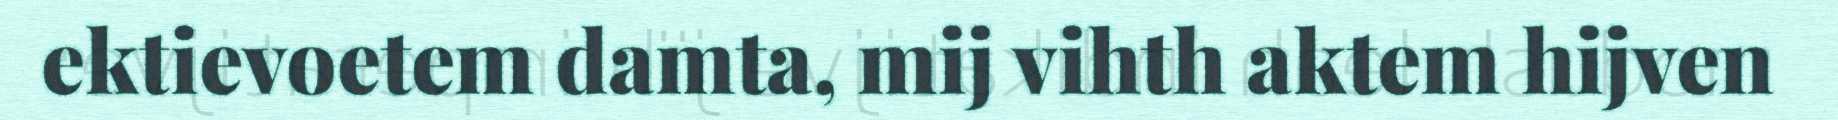
ektievoetem damta, mij vihth aktem hijven